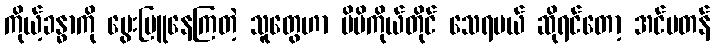
ကိုယ့်ခန္ဓာကို မွေးမြူနေကြတဲ့ သူတွေဟာ မိမိကိုယ်တိုင် သေရမယ် ဆိုရင်တော့ အင်မတန်